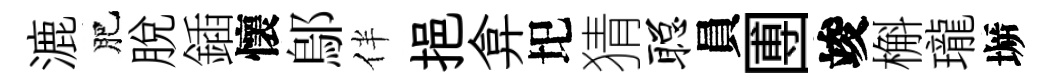
漉肥脱鍤懷鄔伴挹弇圯猜聪員圑竣槲瓏󶱲